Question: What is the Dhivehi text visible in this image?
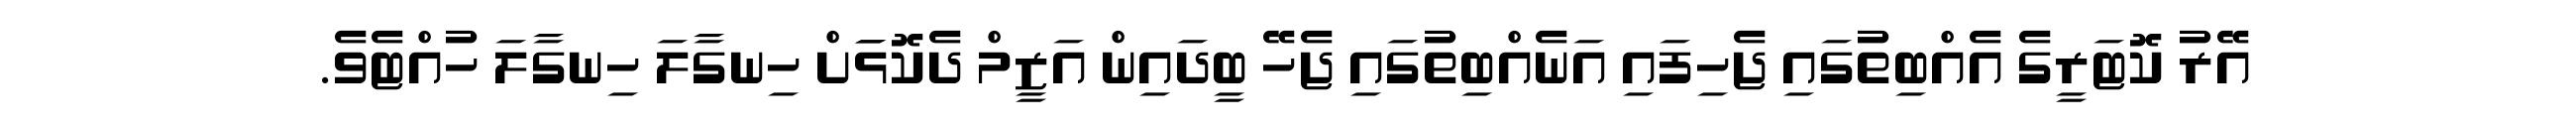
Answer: އޭރު ކޮޓަރީގެ އެއްބިތުގައި ޖެހިފައި އަނެއްބިތުގައި ޖެހޭ ބީދައިން އަޒީމް ދެކޮޅަަށް ހިނގާލަ ހިނގާލަ ހުއްޓެވެ.